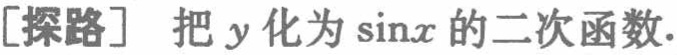
[探路] 把 \(y\) 化为 \(\sin x\) 的二次函数.